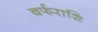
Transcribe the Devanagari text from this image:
बर्फराशि